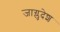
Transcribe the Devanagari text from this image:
जाग्लुदेश